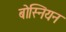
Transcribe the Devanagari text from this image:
बोस्नियन